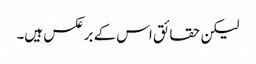
لیکن حقائق اس کے برعکس ہیں۔